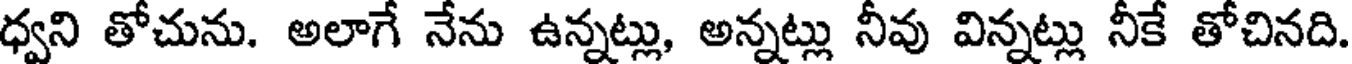
ధ్వని తోచును. అలాగే నేను ఉన్నట్లు, అన్నట్లు నీవు విన్నట్లు నీకే తోచినది